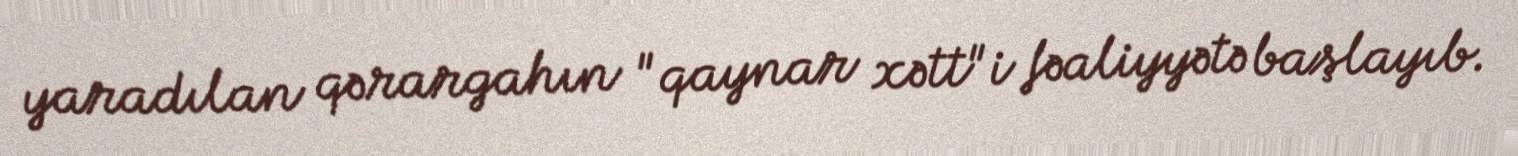
yaradılan qərargahın "qaynar xətt"i fəaliyyətə başlayıb.